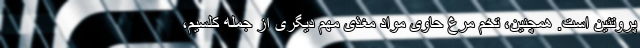
پروتئین است. همچنین، تخم مرغ حاوی مواد مغذی مهم دیگری از جمله کلسیم،